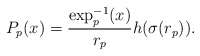
\begin{align*}P_p(x) = \frac{\exp_p^{-1}(x)}{r_p} h(\sigma(r_p)) .\end{align*}